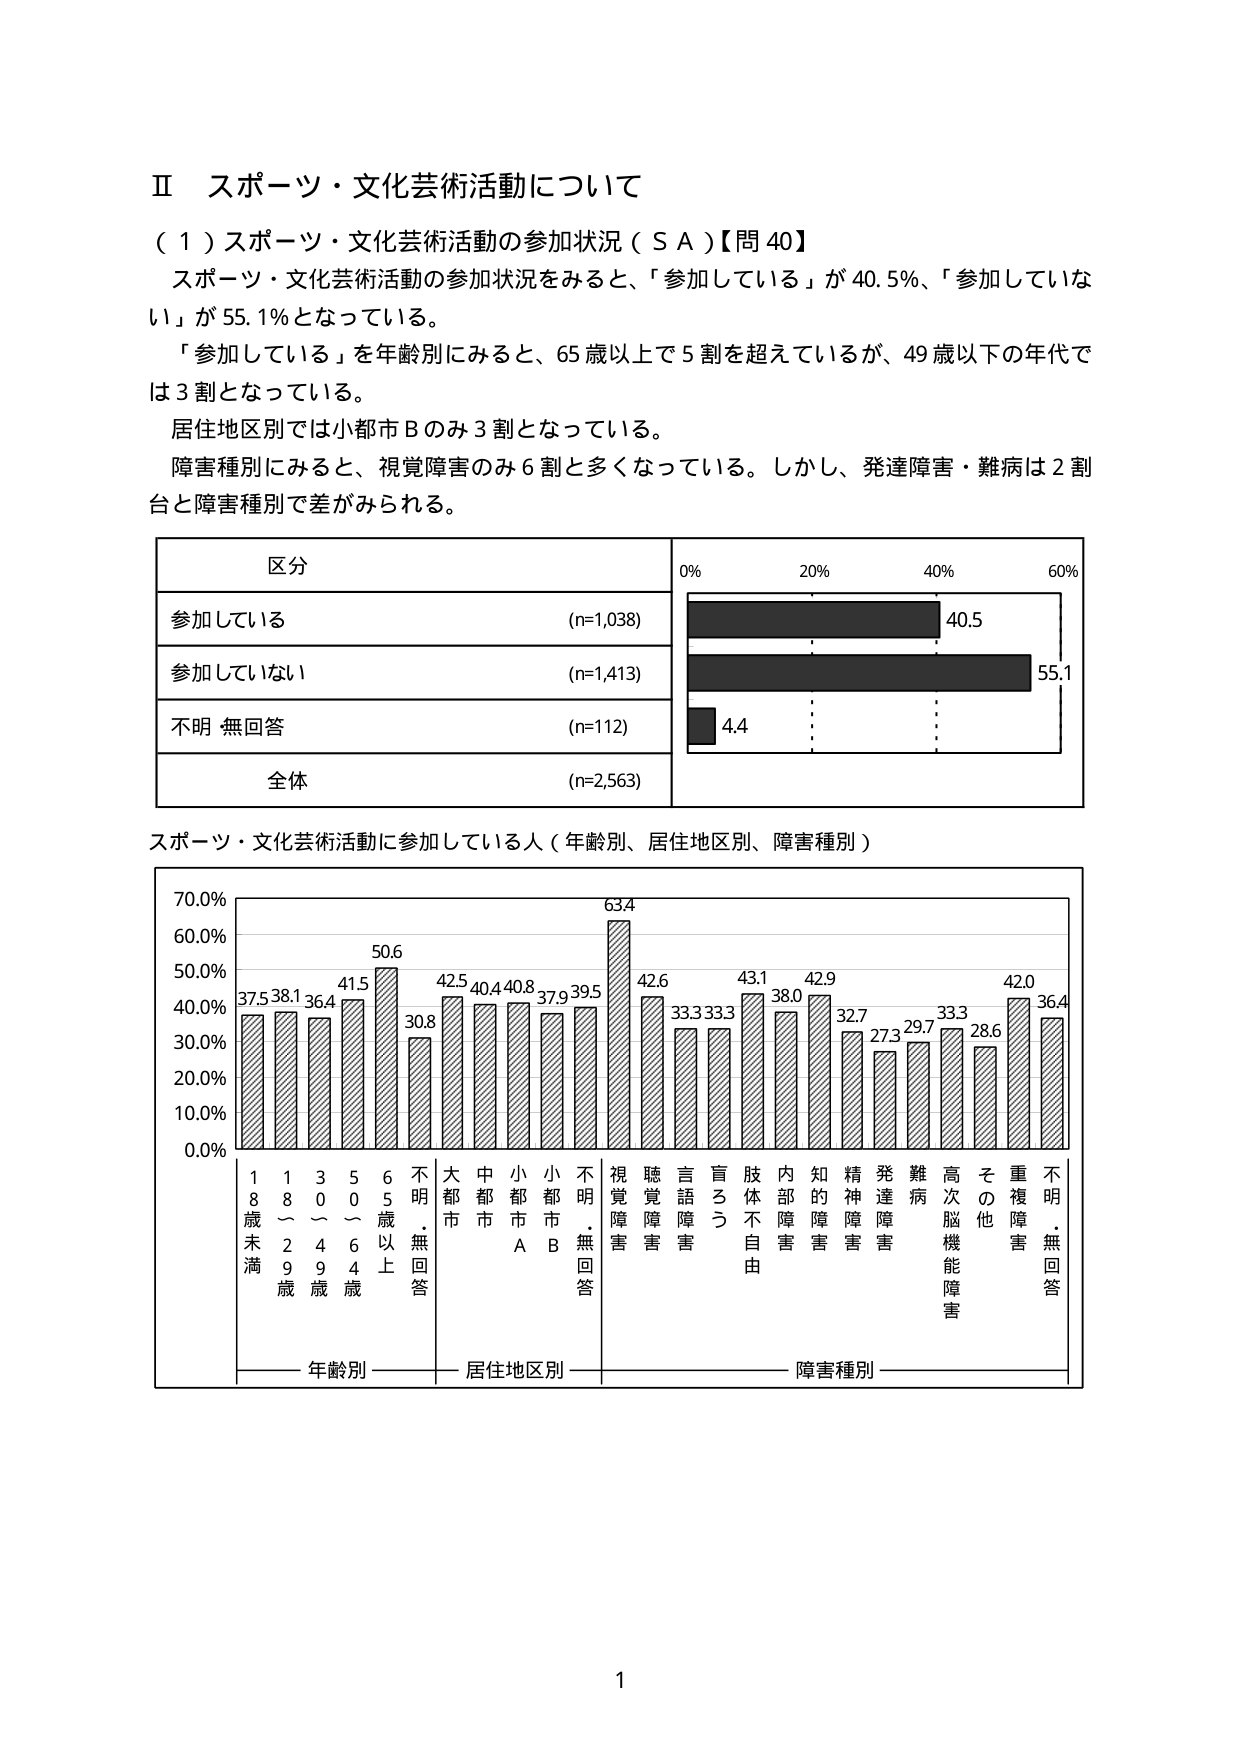
Ⅱ スポーツ・文化芸術活動について
（１）スポーツ・文化芸術活動の参加状況（ＳＡ）【問40】
スポーツ・文化芸術活動の参加状況をみると、「参加している」が40.5％、「参加していない」が55.1％となっている。
「参加している」を年齢別にみると、65歳以上で5割を超えているが、49歳以下の年代では3割となっている。
居住地区別では小都市Ｂのみ3割となっている。
障害種別にみると、視覚障害のみ6割と多くなっている。しかし、発達障害・難病は2割台と障害種別で差がみられる。

区分
参加している (n=1,038)
参加していない (n=1,413)
不明 無回答 (n=112)
全体 (n=2,563)

0% 20% 40% 60%
40.5
55.1
4.4

スポーツ・文化芸術活動に参加している人（年齢別、居住地区別、障害種別）

70.0%
60.0%
50.0%
40.0%
30.0%
20.0%
10.0%
0.0%

37.5 38.1 36.4 41.5 50.6 30.8 42.5 40.4 40.8 37.9 39.5 63.4 42.6 33.3 33.3 43.1 38.0 42.9 32.7 27.3 29.7 33.3 28.6 42.0 36.4

18歳未満
18～29歳
30～49歳
50～64歳
65歳以上
不明・無回答
大都市
中都市
小都市A
小都市B
不明・無回答
視覚障害
聴覚障害
言語障害
盲ろう
肢体不自由
内部障害
知的障害
精神障害
発達障害
難病
高次脳機能障害
その他
重複障害
不明・無回答

年齢別 居住地区別 障害種別

1